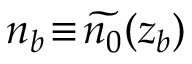
n _ { b } \! \equiv \! \widetilde { n _ { 0 } } ( z _ { b } )